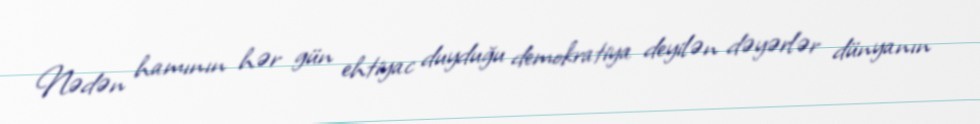
Nədən hamının hər gün ehtiyac duyduğu demokratiya deyilən dəyərlər dünyanın